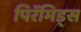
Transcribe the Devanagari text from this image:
पिरॅमिड्स